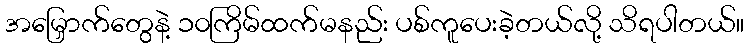
အမြှောက်တွေနဲ့ ၁၀ကြိမ်ထက်မနည်း ပစ်ကူပေးခဲ့တယ်လို့ သိရပါတယ်။